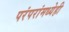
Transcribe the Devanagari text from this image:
परंपरांमध्येही